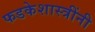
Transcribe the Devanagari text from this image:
फडकेशास्त्रींनी